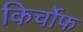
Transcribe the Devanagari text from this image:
किर्चोफ